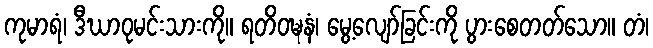
ကုမာရံ၊ ဒီဃာဝုမင်းသားကို။ ရတိဝဍ္ဎနံ၊ မွေ့လျော်ခြင်းကို ပွားစေတတ်သော။ တံ၊